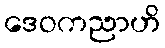
ဒေဝကညာဟိ